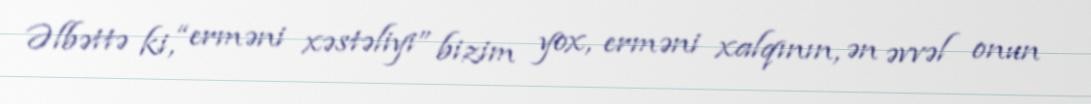
Əlbəttə ki, “erməni xəstəliyi” bizim yox, erməni xalqının, ən əvvəl onun